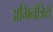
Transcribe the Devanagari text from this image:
अभिनेत्रियँ